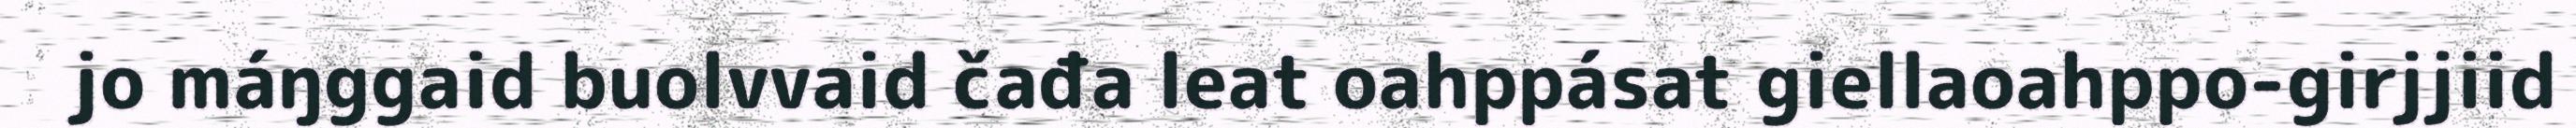
jo máŋggaid buolvvaid čađa leat oahppásat giellaoahppo-girjjiid